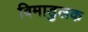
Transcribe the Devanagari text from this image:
विमाडुलक